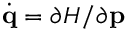
\dot { \mathbf { q } } = \partial H / \partial \mathbf { p }